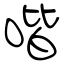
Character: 喈